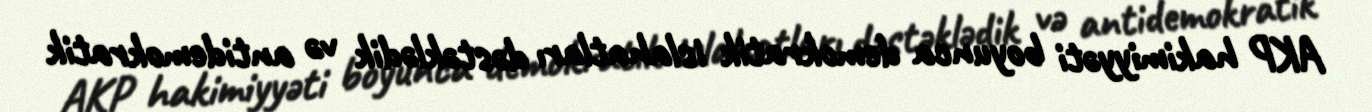
AKP hakimiyyəti boyunca demokratik islahatları dəstəklədik və antidemokratik